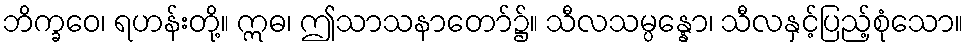
ဘိက္ခဝေ၊ ရဟန်းတို့။ ဣဓ၊ ဤသာသနာတော်၌။ သီလသမ္ပန္နော၊ သီလနှင့်ပြည့်စုံသော။